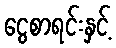
ငွေစာရင်းနှင့်